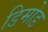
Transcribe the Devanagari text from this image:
डिमोड